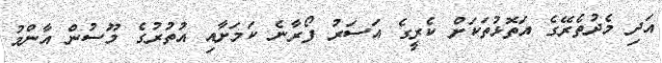
އަދި މެދުތެރޭގެ އަތޮޅުތަކަށް ކެރީގެ އަސަރު ފޯރާނެ ކަމަށާއި އުތުރުގެ މޫސުން އާންމު